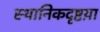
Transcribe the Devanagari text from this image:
स्थानिकदृष्टय़ा